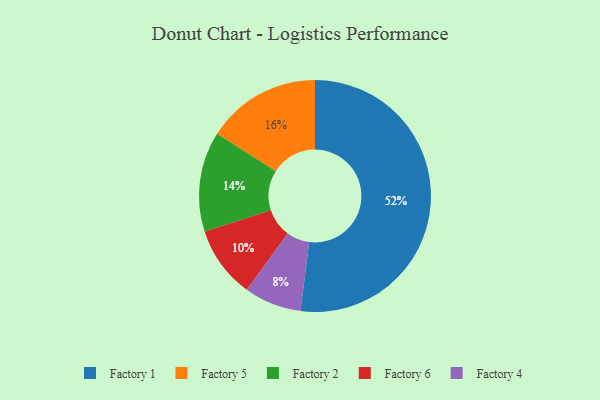
{"axis": {"x": "Category", "y": "Percentage"}, "legend": ["Factory 1", "Factory 2", "Factory 4", "Factory 5", "Factory 6"], "data": [{"x": "Factory 4", "y": 8, "type": "Factory 4"}, {"x": "Factory 1", "y": 52, "type": "Factory 1"}, {"x": "Factory 5", "y": 16, "type": "Factory 5"}, {"x": "Factory 2", "y": 14, "type": "Factory 2"}, {"x": "Factory 6", "y": 10, "type": "Factory 6"}]}